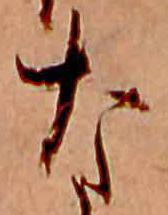
な